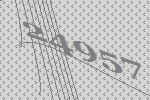
24957